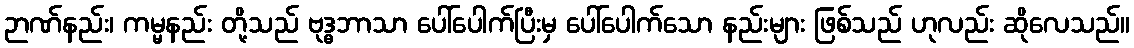
ဉာဏ်နည်း၊ ကမ္မနည်း တို့သည် ဗုဒ္ဓဘာသာ ပေါ်ပေါက်ပြီးမှ ပေါ်ပေါက်သော နည်းများ ဖြစ်သည် ဟုလည်း ဆိုလေသည်။